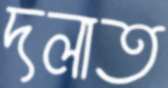
দলাত